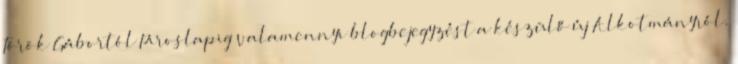
Török Gábortól Piroslapig valamennyi blogbejegyzést a készülő új Alkotmányról.